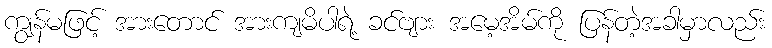
ကျွန်မဖြင့် အားတောင် အားကျမိပါရဲ့ ခင်ဗျား အမေ့အိမ်ကို ပြန်တဲ့အခါမှာလည်း